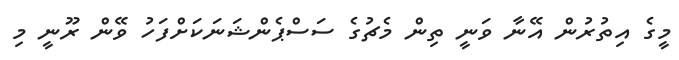
މީގެ އިތުރުން އޭނާ ވަނީ ތިން މެޗުގެ ސަސްޕެންޝަނަކަށްފަހު ވޭން ރޫނީ މި